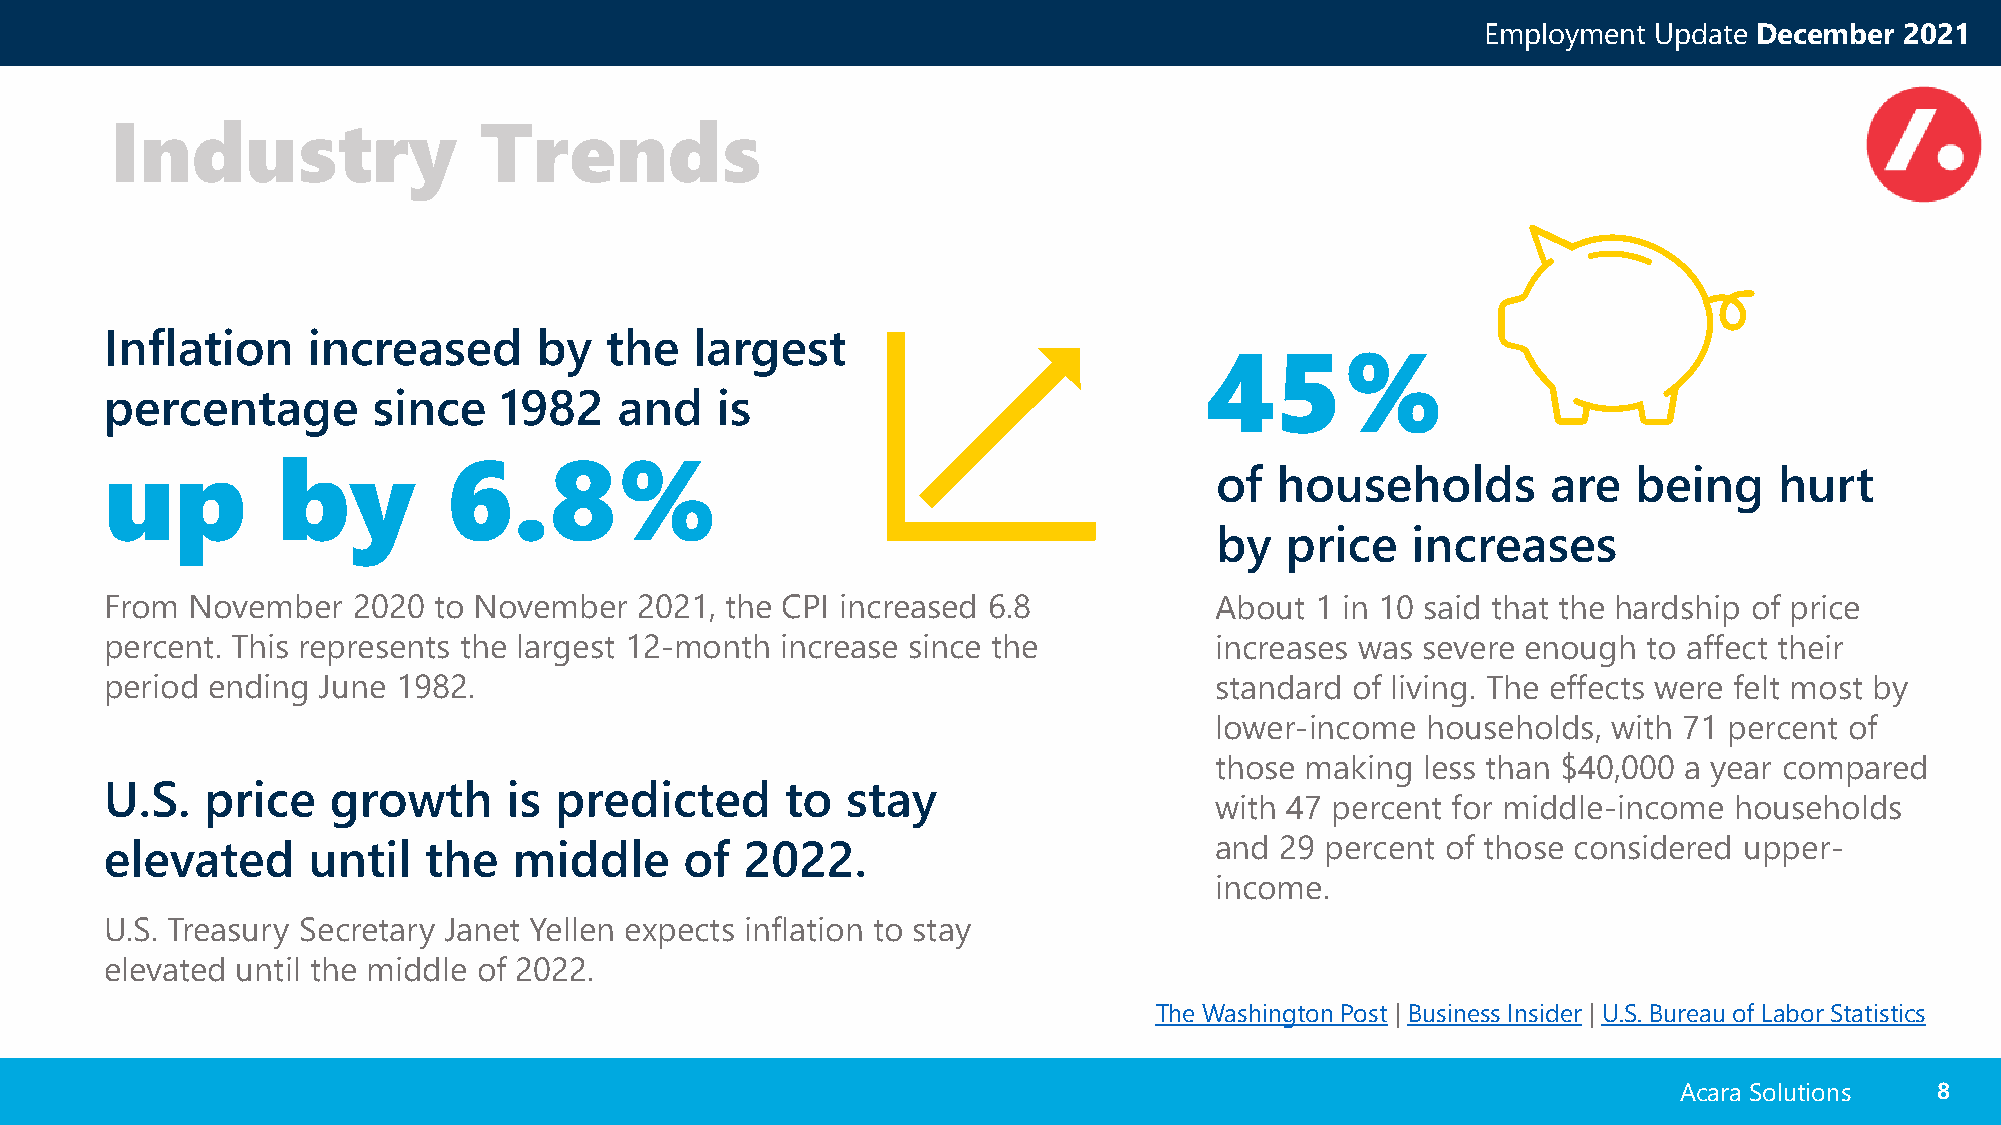
Employment Update December  2021
 Industry                 Trends
 Inflation    increased      by   the   largest
 45%
 percentage        since   1982    and   is
 up         by          6.8%
 of  households         are  being     hurt
 by   price   increases
 From November   2020  to November  2021, the CPI increased 6.8           About  1 in 10 said that the hardship of price
 percent. This represents the largest 12-month increase since the         increases was severe enough  to affect their
 period ending June 1982.                                                 standard of living. The effects were felt most by
 lower-income  households,  with 71 percent of
 those making  less than $40,000 a year compared
 U.S.  price    growth      is predicted      to  stay
 with 47 percent for middle-income  households
 elevated     until   the   middle     of  2022.                          and  29 percent of those considered upper-
 income.
 U.S. Treasury Secretary Janet Yellen expects inflation to stay
 elevated until the middle of 2022.
 The Washington Post | Business Insider | U.S. Bureau of Labor Statistics
 Acara Solutions  88